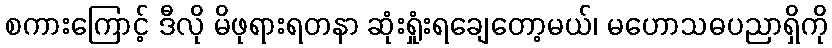
စကားကြောင့် ဒီလို မိဖုရားရတနာ ဆုံးရှုံးရချေတော့မယ်၊ မဟောသဓပညာရှိကို